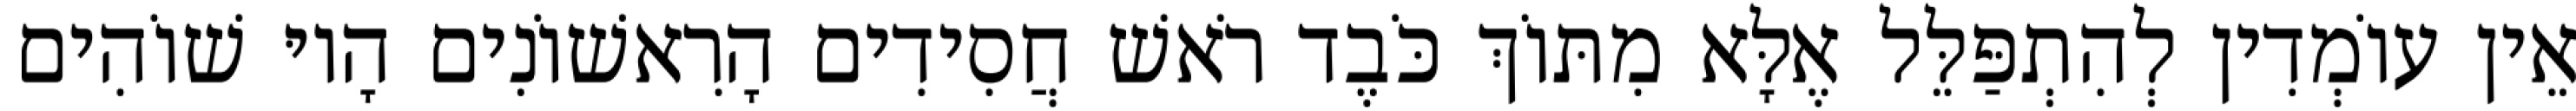
אֵין עוֹמְדִין לְהִתְפַּלֵּל אֶלָּא מִתּוֹךְ כֹּבֶד רֹאשׁ חֲסִידִים הָרִאשׁוֹנִים הָיוּ שׁוֹהִים